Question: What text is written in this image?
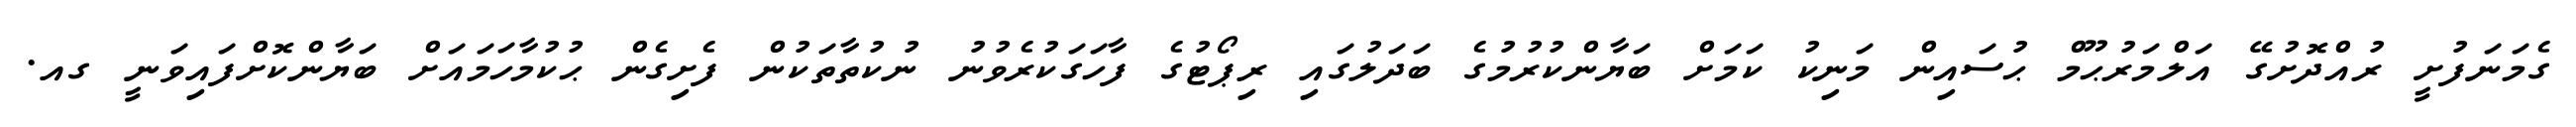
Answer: ގެމަނަފުށީ ރުއްދޮށުގޭ އަލްމަރުޙޫމް ޙުސައިން މަނިކު ކަމަށް ބަޔާންކުރުމުގެ ބަދަލުގައި ރިޕޯޓުގެ ފާހަގަކުރެވުނު ނުކުތާތަކުން ފެށިގެން ޙުކުމާހަމައަށް ބަޔާންކޮށްފައިވަނީ ގއ.